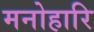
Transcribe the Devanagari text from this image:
मनोहारि